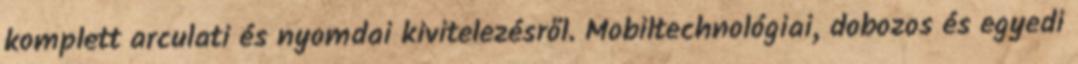
komplett arculati és nyomdai kivitelezésről. Mobiltechnológiai, dobozos és egyedi